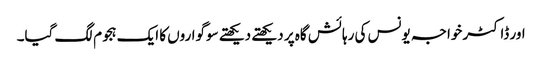
اور ڈاکٹر خواجہ یونس کی رہائش گاہ پر دیکھتے دیکھتے سوگواروں کا ایک ہجوم لگ گیا۔